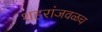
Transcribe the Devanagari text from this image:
शहरांजवळच